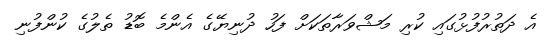
އެ ދަތުރުފުޅުގައި ކުރި މަޝްވަރާތަކަށް ފަހު ދުނިޔޭގެ އެންމެ ބޮޑު ތެލުގެ ކުންފުނި